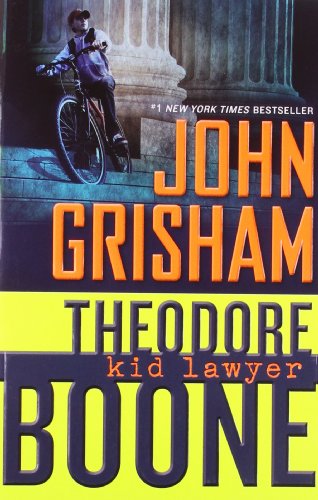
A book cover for Theodore Boone: Kid Lawyer; John Grisham; Children's Books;